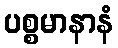
ပစ္စမာနာနံ